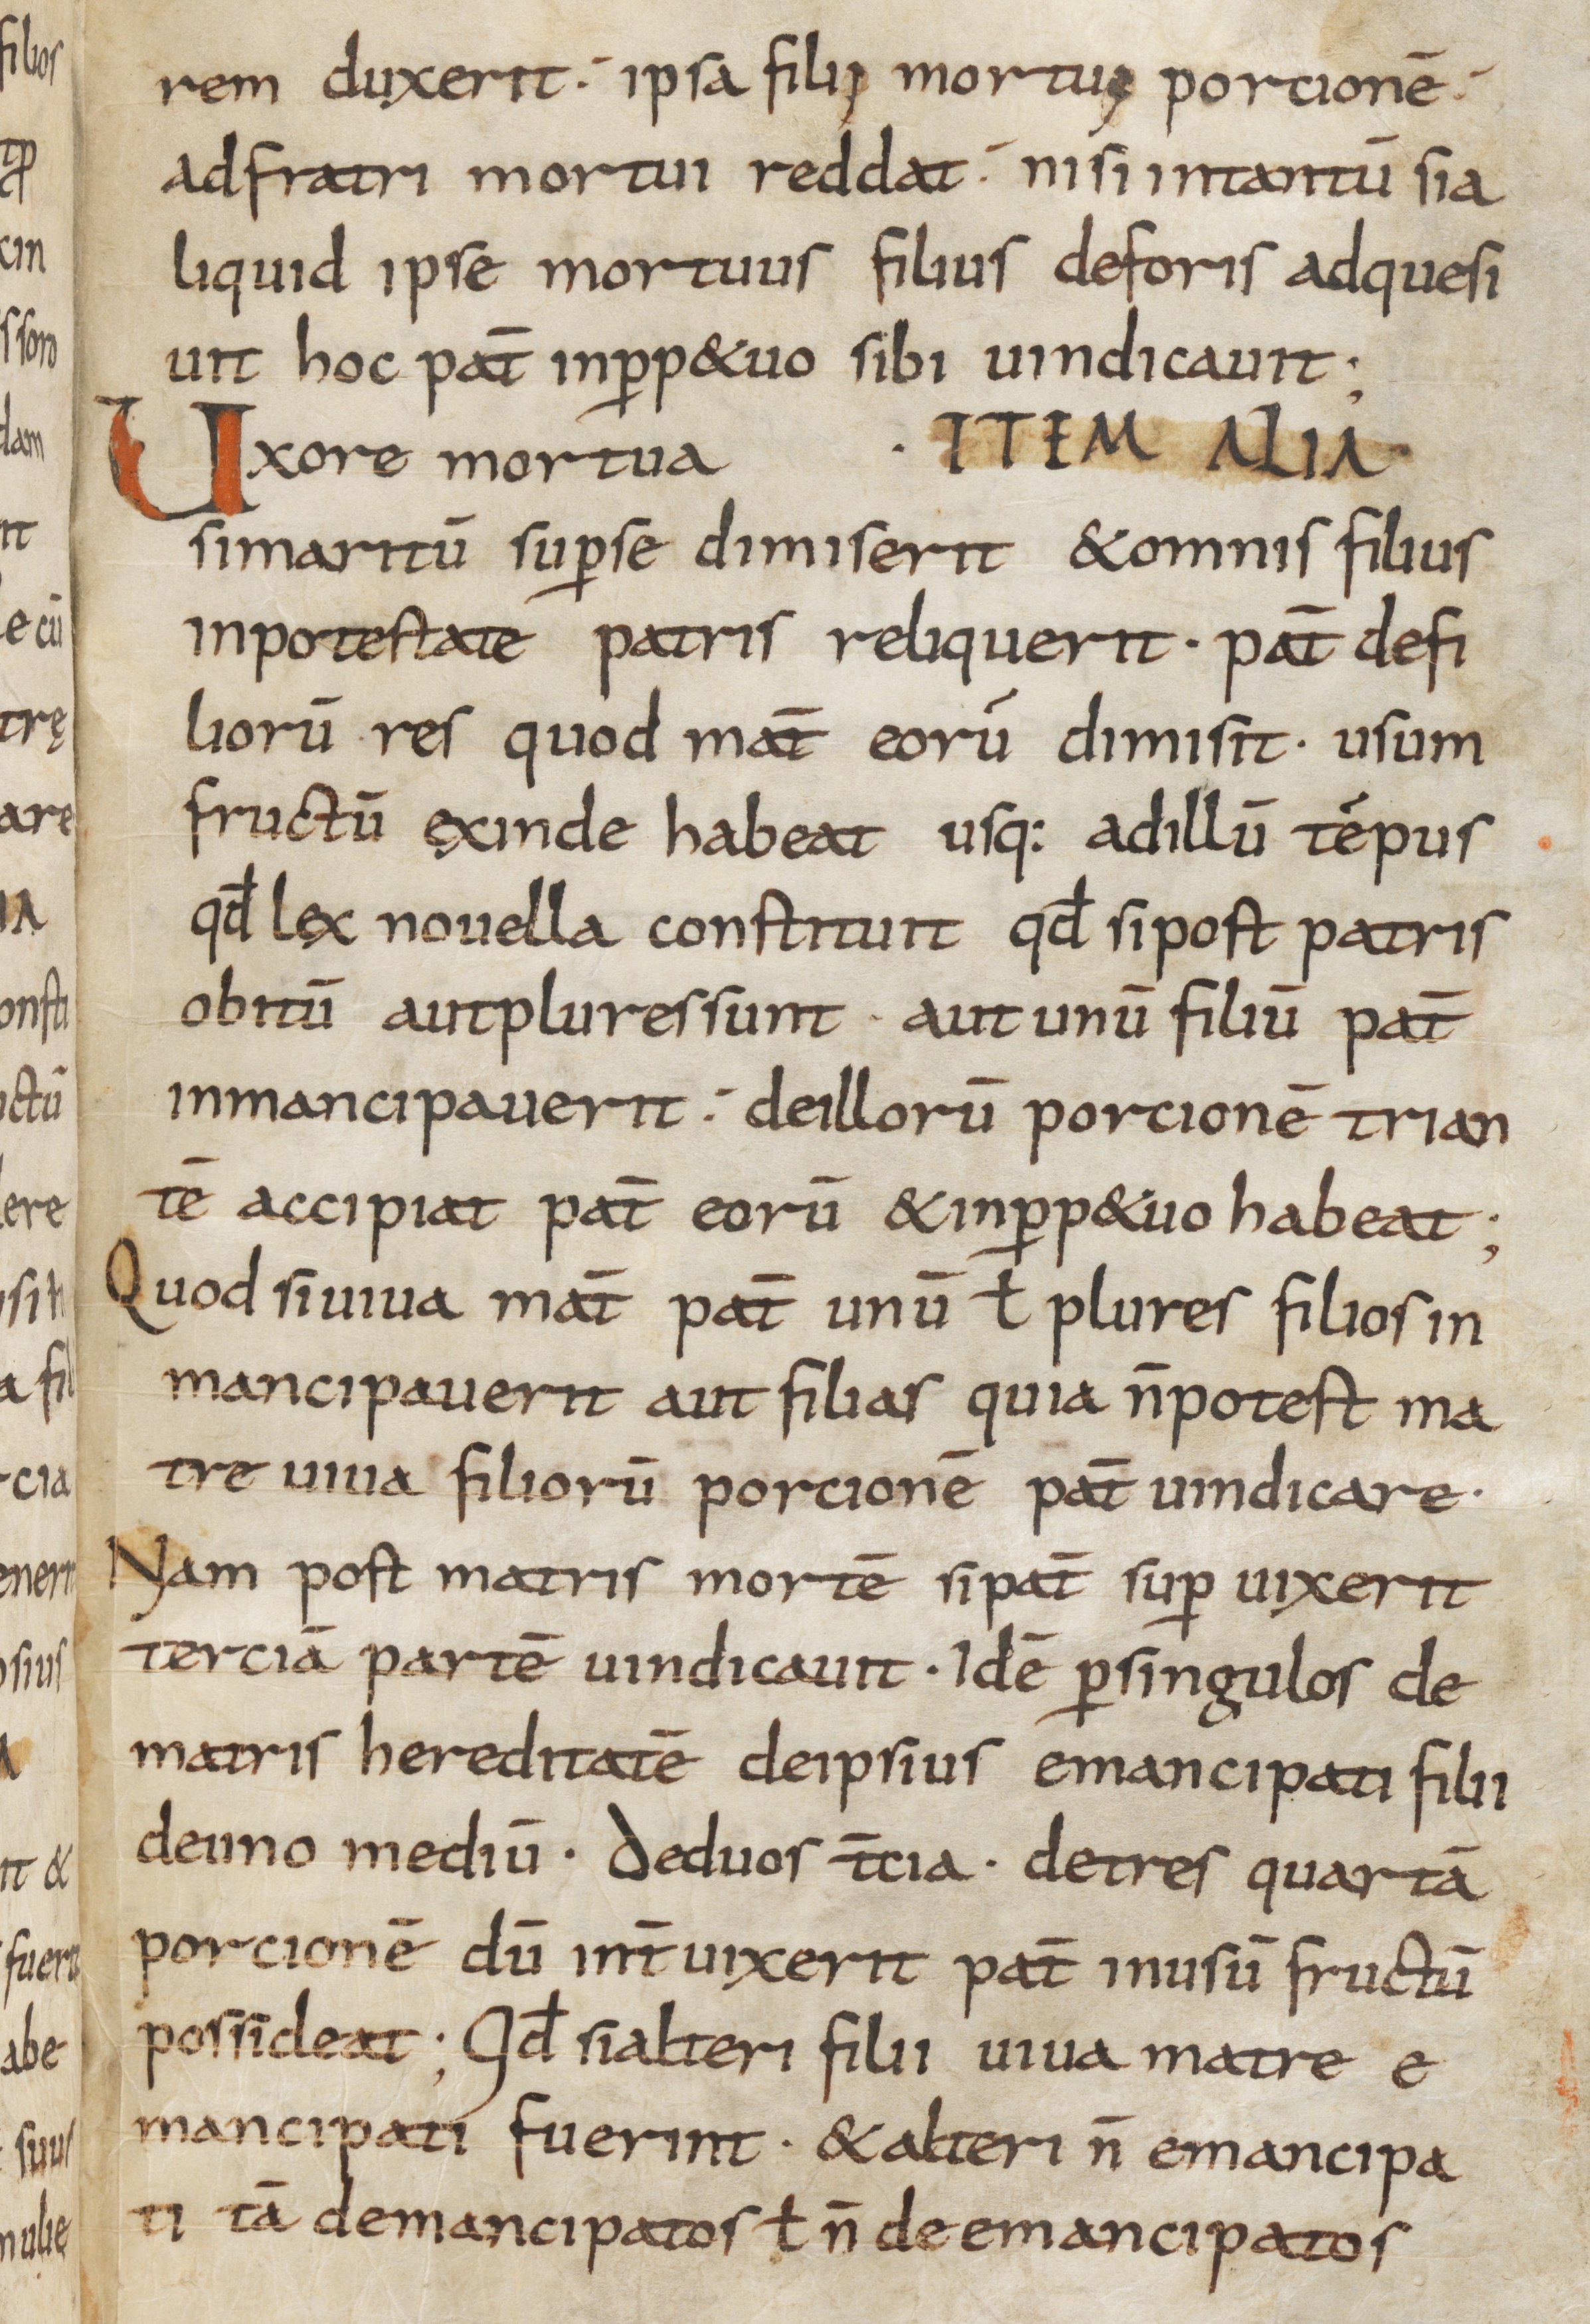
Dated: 800–865